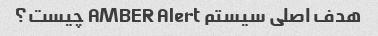
هدف اصلی سیستم AMBER Alert چیست؟